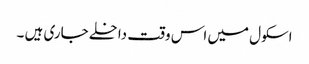
اسکول میں اس وقت داخلے جاری ہیں ۔